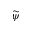
\widetilde \psi